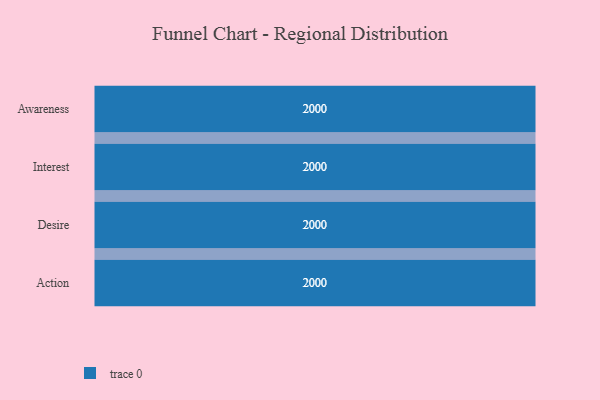
{"axis": {"x": "Stage", "y": "Value"}, "legend": [""], "data": [{"x": "Awareness", "y": 2000, "type": ""}, {"x": "Interest", "y": 2000, "type": ""}, {"x": "Desire", "y": 2000, "type": ""}, {"x": "Action", "y": 2000, "type": ""}]}